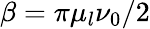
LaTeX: \beta=\pi\mu_{l}\nu_{0}/2